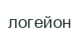
логейон